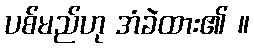
ပစ်မည်ဟု အံခဲထား၏ ။